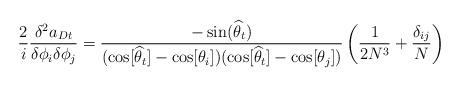
LaTeX: \begin{align*}\frac{2}{i} \frac{\delta ^2 a_{Dt} }{\delta \phi_i \delta \phi_j}=\frac{-\sin(\widehat{\theta}_t)}{( \cos [\widehat{\theta}_t] -\cos[\theta_i])( \cos [\widehat{\theta}_t] - \cos[\theta_j])}\left( \frac{1}{2 N^3} +\frac{\delta_{ij}}{N} \right)\end{align*}